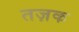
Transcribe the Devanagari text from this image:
तज़क